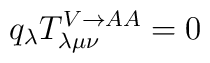
q_\lambda T^{V\rightarrow AA}_{\lambda \mu \nu} =0